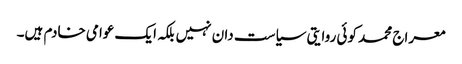
معراج محمد کوئی روایتی سیاست دان نہیں بلکہ ایک عوامی خادم ہیں۔